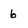
Character: 6